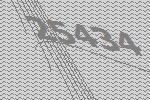
25434